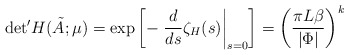
\begin{align*}{\det}' H(\tilde A;\mu)=\exp\left[-\left.\frac{d}{ds}\zeta_H (s)\right\vert_{s=0}\right]=\left(\frac{\pi L\beta}{\vert\Phi\vert}\right)^k\end{align*}